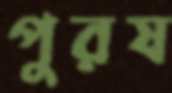
পুরষ